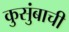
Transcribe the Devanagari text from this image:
कुसुंबाची